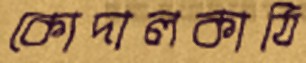
কোদালকাঠি